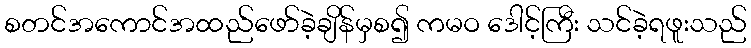
စတင်အကောင်အထည်ဖော်ခဲ့ချိန်မှစ၍ ကမဝ ဒေါင့်ကြီး သင်ခဲ့ရဖူးသည်